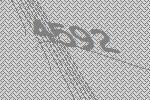
4592